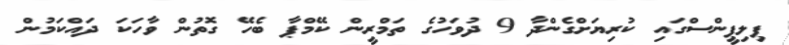
ޕިލިޕީންސްގައި ކުރިޔަށްގެންދާ 9 ދުވަހުގެ ތަމްރީން ކޭމްޕާ ބެހޭ ގޮތުން ވާހަކަ ދައްކަމުން